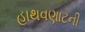
હાથવણાટની